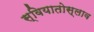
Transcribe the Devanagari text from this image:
स्वियातोस्लाव